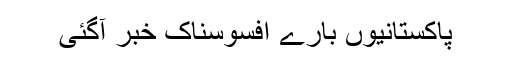
پاکستانیوں بارے افسوسناک خبر آگئی